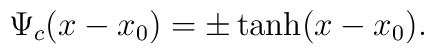
\Psi_c(x-x_0) =\pm \tanh(x-x_0).